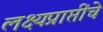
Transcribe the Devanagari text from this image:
लक्ष्यप्राप्तींचे